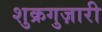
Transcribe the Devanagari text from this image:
शुक्रगुज़ारी